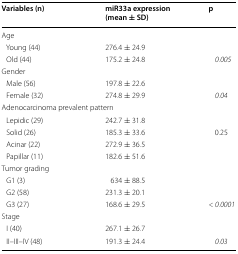
<table><thead><tr><td><b>Variables (n)</b></td><td><b>miR33a expression (mean ± SD)</b></td><td><b>p</b></td></tr></thead><tbody><tr><td colspan="3">Age</td></tr><tr><td> Young (44)</td><td>276.4 ± 24.9</td><td></td></tr><tr><td> Old (44)</td><td>175.2 ± 24.8</td><td><i>0.005</i></td></tr><tr><td colspan="3">Gender</td></tr><tr><td> Male (56)</td><td>197.8 ± 22.6</td><td></td></tr><tr><td> Female (32)</td><td>274.8 ± 29.9</td><td><i>0.04</i></td></tr><tr><td colspan="3">Adenocarcinoma prevalent pattern</td></tr><tr><td> Lepidic (29)</td><td>242.7 ± 31.8</td><td></td></tr><tr><td> Solid (26)</td><td>185.3 ± 33.6</td><td>0.25</td></tr><tr><td> Acinar (22)</td><td>272.9 ± 36.5</td><td></td></tr><tr><td> Papillar (11)</td><td>182.6 ± 51.6</td><td></td></tr><tr><td colspan="3">Tumor grading</td></tr><tr><td> G1 (3)</td><td>634 ± 88.5</td><td></td></tr><tr><td> G2 (58)</td><td>231.3 ± 20.1</td><td></td></tr><tr><td> G3 (27)</td><td>168.6 ± 29.5</td><td><i>&lt;</i> <i>0.0001</i></td></tr><tr><td colspan="3">Stage</td></tr><tr><td> I (40)</td><td>267.1 ± 26.7</td><td></td></tr><tr><td> II–III–IV (48)</td><td>191.3 ± 24.4</td><td><i>0.03</i></td></tr></tbody></table>